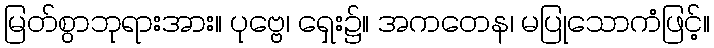
မြတ်စွာဘုရားအား။ ပုဗ္ဗေ၊ ရှေး၌။ အကတေန၊ မပြုသောကံဖြင့်။